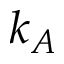
k _ { A }